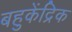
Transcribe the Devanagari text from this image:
बहुकेंद्रिक